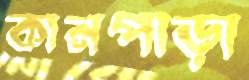
কানপাড়া